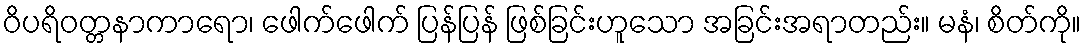
ဝိပရိဝတ္တနာကာရော၊ ဖေါက်ဖေါက် ပြန်ပြန် ဖြစ်ခြင်းဟူသော အခြင်းအရာတည်း။ မနံ၊ စိတ်ကို။